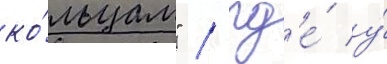
ко́льцам" / гд'е́ у́